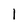
Character: 1